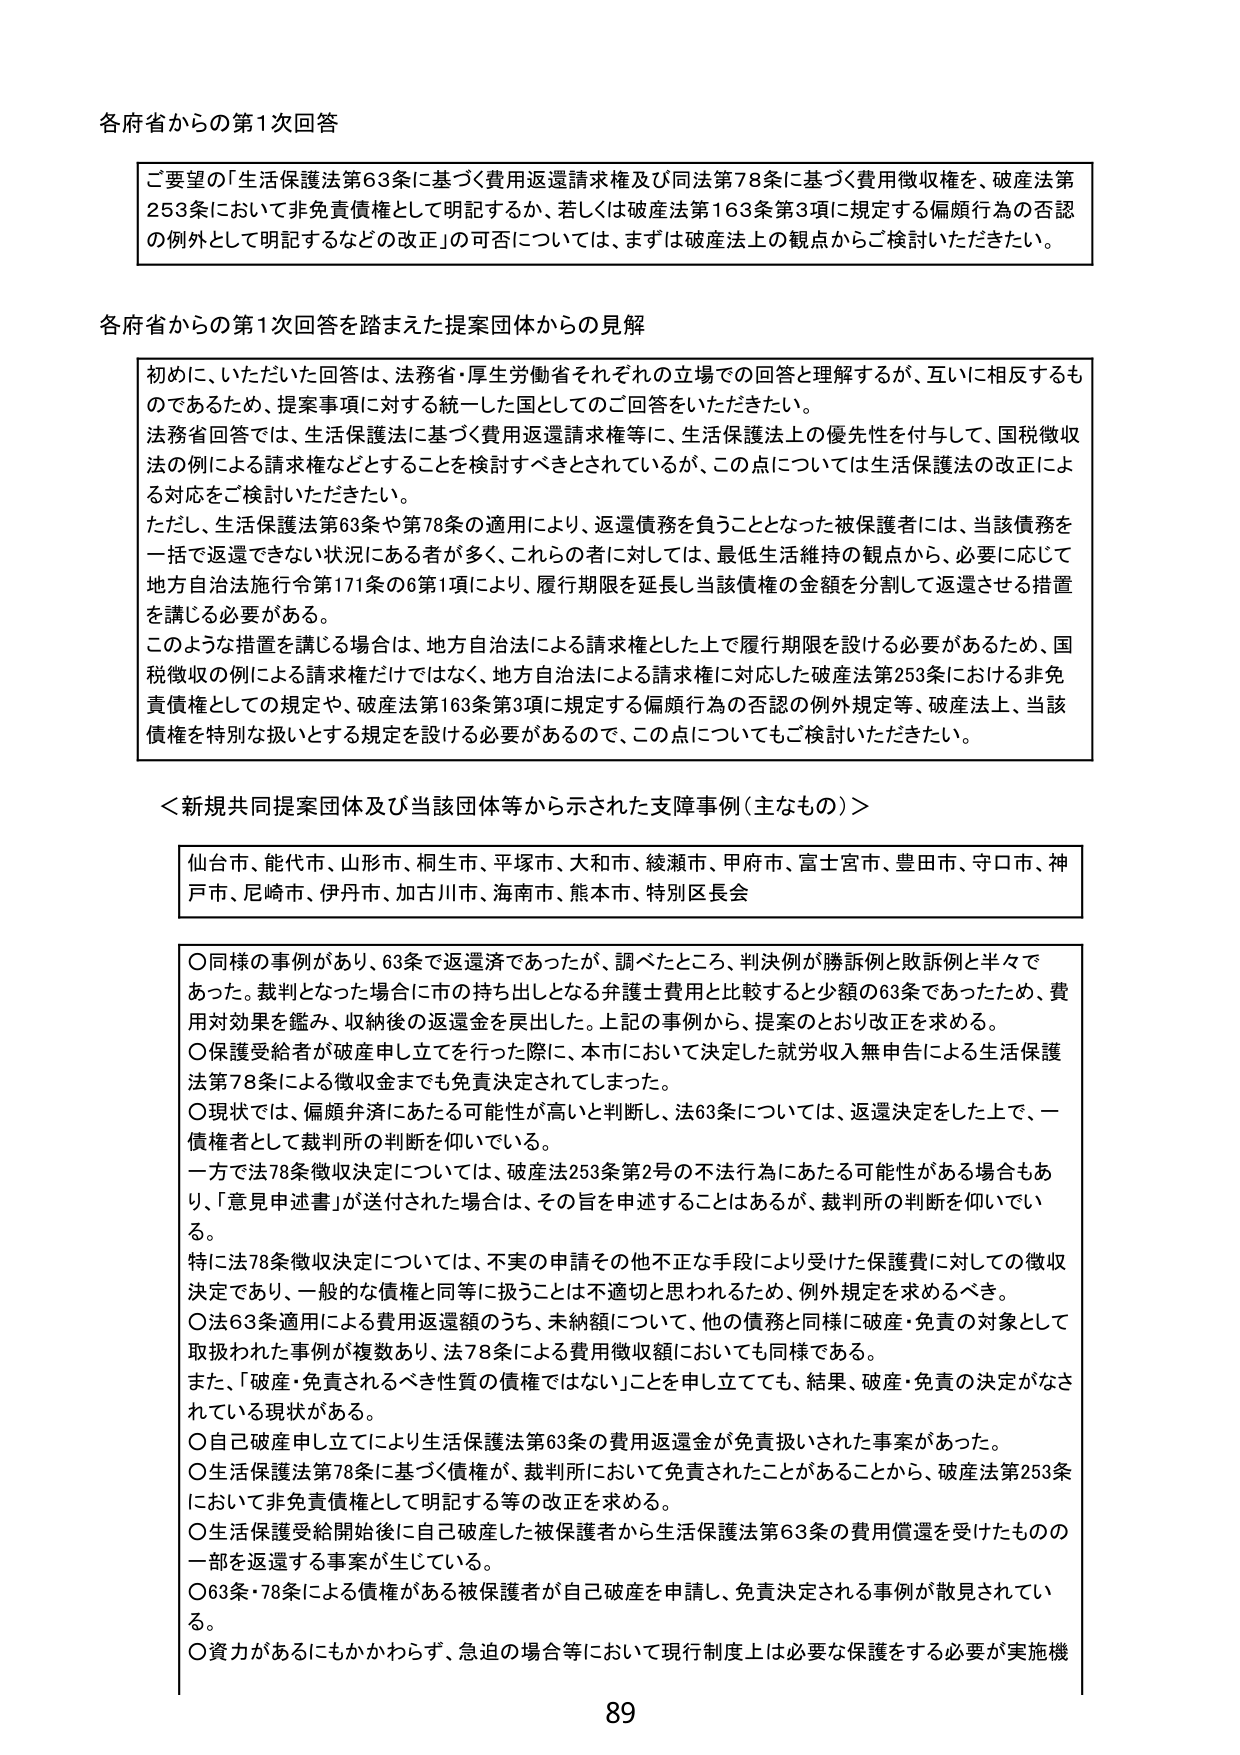
各府省からの第1次回答

ご要望の「生活保護法第63条に基づく費用返還請求権及び同法第78条に基づく費用徴収権を、破産法第253条において非免責債権として明記するか、若しくは破産法第163条第3項に規定する偏頗行為の否認の例外として明記するなどの改正」の可否については、まずは破産法上の観点からご検討いただきたい。

各府省からの第1次回答を踏まえた提案団体からの見解

初めに、いただいた回答は、法務省・厚生労働省それぞれの立場での回答と理解するが、互いに相反するものであるため、提案事項に対する統一した国としてのご回答をいただきたい。
法務省回答では、生活保護法に基づく費用返還請求権等に、生活保護法上の優先性を付与して、国税徴収法の例による請求権などとすることを検討すべきとされているが、この点については生活保護法の改正による対応をご検討いただきたい。
ただし、生活保護法第63条や第78条の適用により、返還債務を負うこととなった被保護者には、当該債務を一括で返還できない状況にある者が多く、これらの者に対しては、最低生活維持の観点から、必要に応じて地方自治法施行令第171条の6第1項により、履行期限を延長し当該債権の金額を分割して返還させる措置を講じる必要がある。
このような措置を講じる場合は、地方自治法による請求権とした上で履行期限を設ける必要があるため、国税徴収の例による請求権だけではなく、地方自治法による請求権に対応した破産法第253条における非免責債権としての規定や、破産法第163条第3項に規定する偏頗行為の否認の例外規定等、破産法上、当該債権を特別な扱いとする規定を設ける必要があるので、この点についてもご検討いただきたい。

＜新規共同提案団体及び当該団体等から示された支障事例（主なもの）＞

仙台市、能代市、山形市、桐生市、平塚市、大和市、綾瀬市、甲府市、富士宮市、豊田市、守口市、神戸市、尼崎市、伊丹市、加古川市、海南市、熊本市、特別区長会

○ 同様の事例があり、63条で返還済であったが、調べたところ、判決例が勝訴例と敗訴例と半々であった。裁判となった場合に市の持ち出しとなる弁護士費用と比較すると少額の63条であったため、費用対効果を鑑み、収納後の返還金を戻出した。上記の事例から、提案のとおり改正を求める。
○ 保護受給者が破産申し立てを行った際に、本市において決定した就労収入無申告による生活保護法第78条による徴収金でも免責決定されてしまった。
○ 現状では、偏頗弁済にあたる可能性が高いと判断し、法63条については、返還決定をした上で、一債権者として裁判所の判断を仰いでいる。
一方で法78条徴収決定については、破産法253条第2号の不法行為にあたる可能性がある場合もあり、「意見申述書」が送付された場合は、その旨を申述することはあるが、裁判所の判断を仰いでいる。
特に法78条徴収決定については、不実の申請その他不正な手段により受けた保護費に対しての徴収決定であり、一般的な債権と同等に扱うことは不適切と思われるため、例外規定を求めるべき。
○ 法63条適用による費用返還額のうち、未納額について、他の債務と同様に破産・免責の対象として取扱われた事例が複数あり、法78条による費用徴収額においても同様である。
また、「破産・免責されるべき性質の債権ではない」ことを申し立てても、結果、破産・免責の決定がなされている現状がある。
○ 自己破産申し立てにより生活保護法第63条の費用返還金が免責扱いされた事案があった。
○ 生活保護法第78条に基づく債権が、裁判所において免責されたことがあることから、破産法第253条において非免責債権として明記する等の改正を求める。
○ 生活保護受給開始後に自己破産した被保護者から生活保護法第63条の費用償還を受けたものの一部を返還する事案が生じている。
○ 63条・78条による債権がある被保護者が自己破産を申請し、免責決定される事例が散見されている。
○ 資力があるにもかかわらず、急迫の場合等において現行制度上は必要な保護をする必要が実施機

89